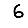
Digit: 6